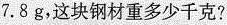
7.8g，这块钢材重多少千克？